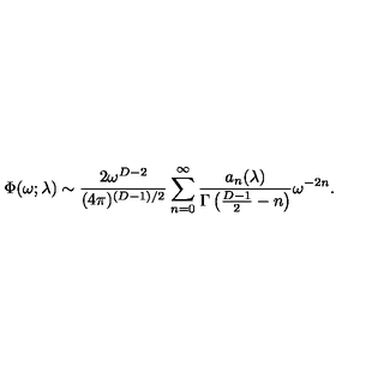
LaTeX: \Phi ( \omega ; \lambda ) \sim { \frac { 2 \omega ^ { D - 2 } } { ( 4 \pi ) ^ { ( D - 1 ) / 2 } } } \sum _ { n = 0 } ^ { \infty } { \frac { a _ { n } ( \lambda ) } { \Gamma \left( { \frac { D - 1 } { 2 } } - n \right) } } \omega ^ { - 2 n } .